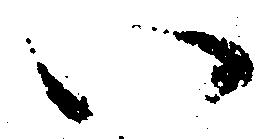
い